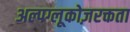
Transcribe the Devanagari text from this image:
अल्पग्लूकोज़रक्तता